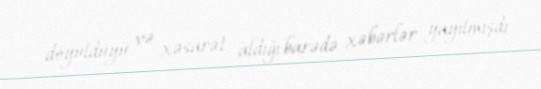
döyüldüyü və xəsarət aldığı barədə xəbərlər yayılmışdı.